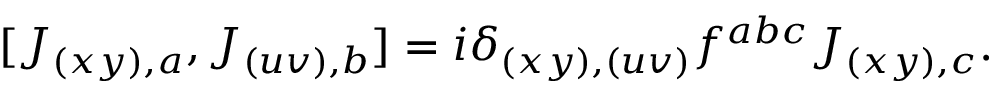
[ J _ { ( x y ) , a } , J _ { ( u v ) , b } ] = i \delta _ { ( x y ) , ( u v ) } f ^ { a b c } J _ { ( x y ) , c } .